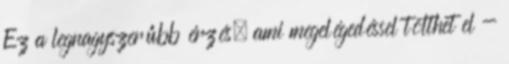
Ez a legnagyszerűbb érzés, ami megelégedéssel tölthet el -